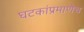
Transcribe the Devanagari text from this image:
घटकांप्रमाणेच